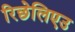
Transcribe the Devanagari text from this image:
रिछेलिएउ